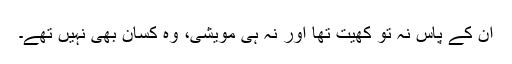
ان کے پاس نہ تو کھیت تھا اور نہ ہی مویشی، وہ کسان بھی نہیں تھے۔